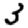
Digit: 3